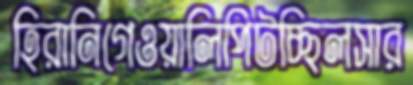
হিরানিগেওয়ালিপিটচ্ছিলসার